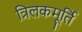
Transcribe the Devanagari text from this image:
त्रिलकमूर्ति